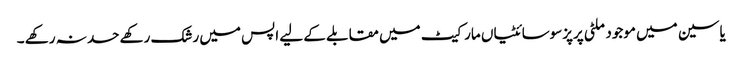
یاسین میں موجود ملٹی پرپزسوسائٹیاں مارکیٹ میں مقابلے کے لیے اپس میں رشک رکھے حسد نہ رکھے ۔